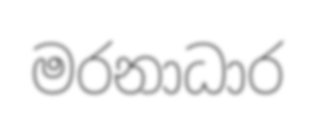
මරනාධාර